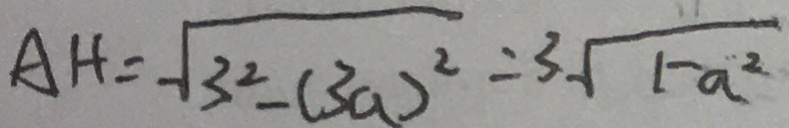
A H = \sqrt { 3 ^ { 2 } - ( 3 a ) ^ { 2 } } = 3 \sqrt { 1 - a ^ { 2 } }